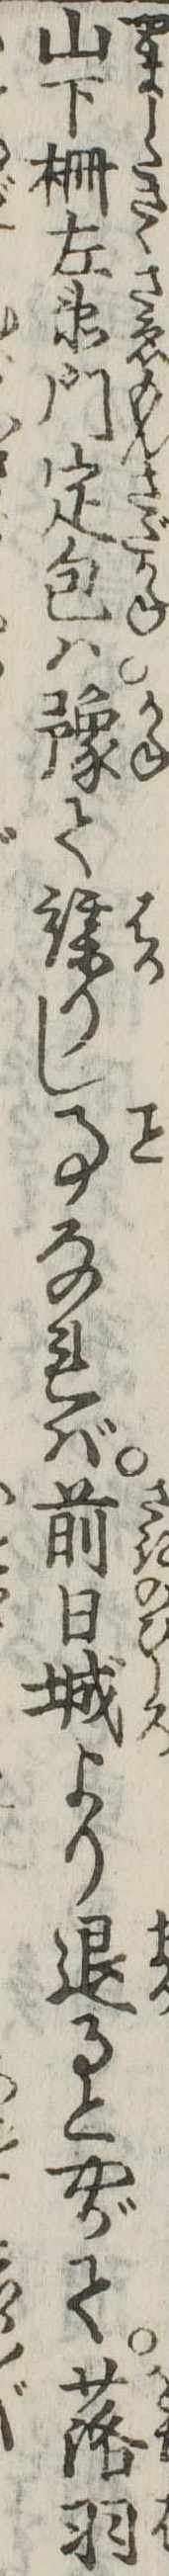
山下柵左衛門定包は予て謀りし事なれば前日城より退るとやがて落羽